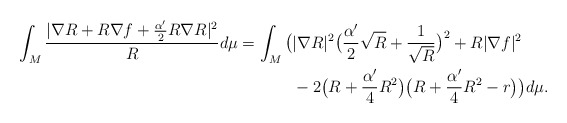
\begin{align*}\int_M\frac{|\nabla R+R\nabla f+\frac{\alpha'}{2}R\nabla R|^2}{R}d\mu=\int_M\big(&|\nabla R|^2\big(\frac{\alpha'}{2}\sqrt{R}+\frac{1}{\sqrt{R}}\big)^2+R|\nabla f|^2 \\&-2\big(R+\frac{\alpha'}{4}R^2\big)\big(R+\frac{\alpha'}{4}R^2-r\big)\big)d\mu.\end{align*}